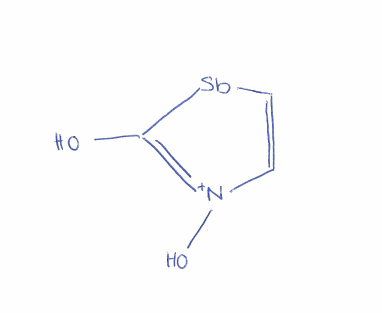
Simplified molecular-input line-entry system (SMILES) notation of the given molecule:
C1=C[Sb]C(=[N+]1O)O